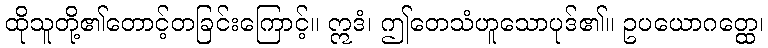
ထိုသူတို့၏တောင့်တခြင်းကြောင့်။ ဣဒံ၊ ဤတေသံဟူသောပုဒ်၏။ ဥပယောဂတ္ထေ၊